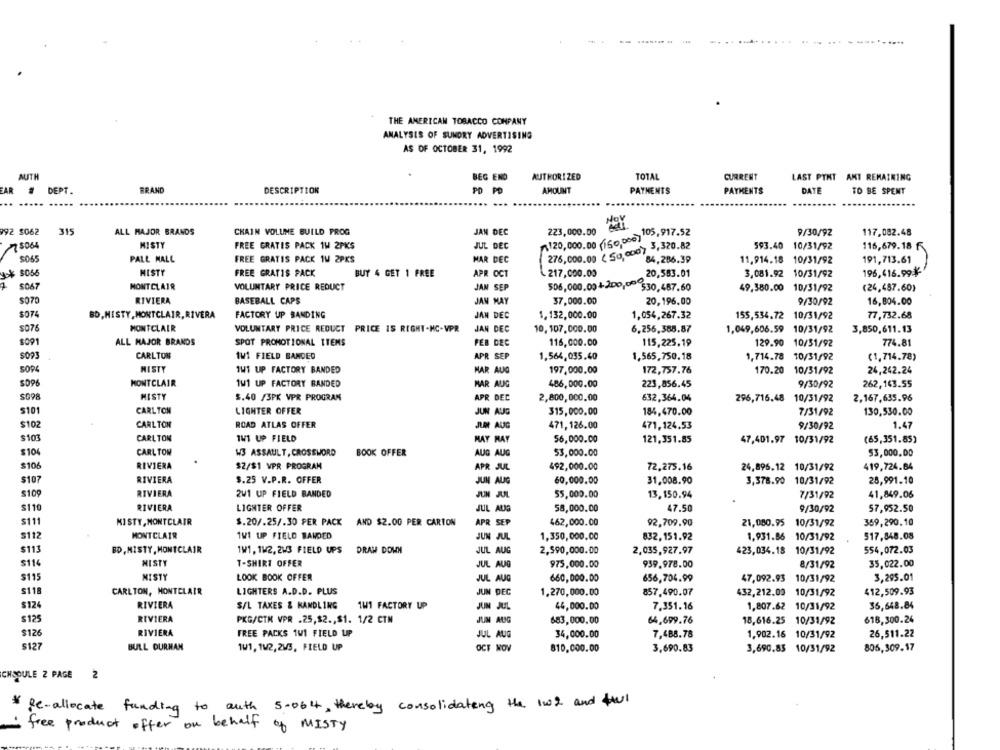
THE AMERICAN TOBACCO COMPANY
ANALYSIS OF SUNDRY ADVERTISING
AS OF OCTOBER 31, 1992
AUTH
BEG END
AUTHORIZED
TOTAL
CURRENT
LAST PTNT AMT REMAINING
EAR
DEPT.
BRAND
DESCRIPTION
AMOUNT
PAYMENTS
PAYMENTS
DATE
TO BE SPENT
992 $062
315
ALL MAJOR BRANDS
CHAIN VOLUME BUILD PROG
JAN DEC
₹ 120,000.00 (150,000) 105.917.52
223,000.00
9/30/92
117,082.48
78064
MISTY
FREE GRATIS PACK 1W 2PKS
JUL DEC
276,000.00 (50,000) 5.320.82
593.40 10/31/92
116,679.18 f
$065
PALL MALL
FREE GRATIS PACK 1W 2PKS
MAR DEC
84,286.39
11,914.18 10/31/92
191,713.61
y-$ $056
MISTY
FREE GRATIS PACK
BUY 4 GET 1 FREE
APR OCT
217,000.00
20,583.01
3,081.92 10/31/92
196,416.99¥
MONTCLAIR
VOLUNTARY PRICE REDUCT
5067
JAN SEP
506,000.004-200,00 530,487.60
49,380.00 10/31/92
(24,487.60)
$070
RIVIERA
BASEBALL CAPS
JAN MAY
37,000.00
20,196.00
9/30/92
16,804.00
$074
BD,MISTY,MONTCLAIR,RIVERA
FACTORY UP BANDING
JAN DEC
1.132,000.00
1,054,267.32
155,534.72 10/31/92
77,732.68
$076
MONTCLAIR
VOLUNTARY PRICE REDUCT PRICE IS RIGHT-HC-VPR
JAN DEC
10,107,000.00
6,256,388.87
1,049,606.59 10/31/92
3,850,611.13
ALL MAJOR BRANDS
SPOT PROMOTIONAL ITEMS
FEB DEC
116,000.00
115,225,19
129.90 10/31/92
774.81
CARLTON
1W1 FIELD BANDED
APR SEP
1,564,035.40
1,565,750.18
1,714.78 10/31/92
(1,714.78)
MISTY
5094
1W1 UP FACTORY BANDED
HAR AUG
197,000.00
172,757.76
170.20 10/31/92
24,242.24
$096
MONTCLAIR
1W1 UP FACTORY BANDED
MAR AUG
486,000.00
262,143.55
223,856.45
9/30/92
MISTY
3.40 /3PK VPR PROGRAM
APR DEC
2,800,000.00
632,364.04
296,716.48
10/31/92
2,167,635.96
$101
CARLTON
LIGHTER OFFER
JUN AUG
315,000.00
184,470.00
7/31/92
130,530.00
$102
CARLTON
ROAD ATLAS OFFER
JUR AUG
471, 126.00
471,124.53
9/30/92
1.47
$103
CARLTON
1W1 UP FIELD
MAY MAY
56,000.00
121,351.85
47,401.97 10/31/92
(65,351.85)
$104
CARLTON
W3 ASSAULT, CROSSWORD
BOOK OFFER
AUG AUG
53,000.00
53,000.00
$106
RIVIERA
$2/$1 VPR PROGRAM
492,000.00
72.275,16
419,724.64
APR JUL
24,896.12 10/31/92
$107
RIVIERA
$.25 V.P.R. OFFER
JUN AUG
60,000.00
31,008.90
3,378.90 10/31/92
28,991.10
$109
RIVIERA
2W1 UP FIELD BANDED
JUN JUL
55,000.00
13.150.94
7/31/92
41,849.06
$110
RIVIERA
LIGHTER OFFER
JUL AUG
58,000.00
47.50
9/30/92
57,952.50
$111
MISTY, MONTCLAIR
$.20/.25/.30 PER PACK AND $2.00 PER CARTON
APR SEP
462,000.00
92,709.90
21,080.95
10/31/92
359,290.10
$112
MONTCLAIR
1W1 UP FIELD BANDED
JUN JUL
1,350,000.00
832,151.92
1,931.86
10/31/92
517,848.08
$113
BD, MISTY, MONTCLAIR
1W1, 1W2, 2W3 FIELD UPS DRAW DOWN
JUL AUG
2,590,000.00
2,035,927.97
423,034.18
10/31/92
554,072.03
$114
MISTY
T-SHIRT OFFER
35,022.00
JUL AUG
975,000.00
939.978.00
8/31/92
5115
MISTY
LOOK BOOK OFFER
JUL AUG
660,000.00
656,704.99
47,092.93
10/31/92
3,295.01
$118
CARLTON, MONTCLAIR
LIGHTERS A.D.D. PLUS
JUN DEC
1.270,000.00
857,490.07
432,212.00
10/31/92
412,509.93
$124
RIVIERA
S/L TAXES & HANDLING
1W1 FACTORY UP
JUN JUL
44,000.00
7.351.16
1,807.62
10/31/92
35,648.84
$125
RIVIERA
PKG/CTM VPR .25,$2 ., $1. 1/2 CTM
JUN AUG
683,000.00
64,699.76
18,616.25
10/31/92
618,300.24
$126
RIVIERA
FREE PACKS 1W1 FIELD UP
JUL AUG
34,000.00
7,488.78
1,902.16 10/31/92
26,511.22
$127
BULL DURMAN
1W1, 1W2, 2WS, FIELD UP
OCT NOV
810,000.00
3,690.83
3,690.85 10/31/92
805,309.17
CHODULE 2 PAGE
2
* Re-allocate funding to auth 5-064, thereby consolidating the 1w2 and ful
-free product offer on behalf of MISTY